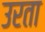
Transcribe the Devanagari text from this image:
उरता